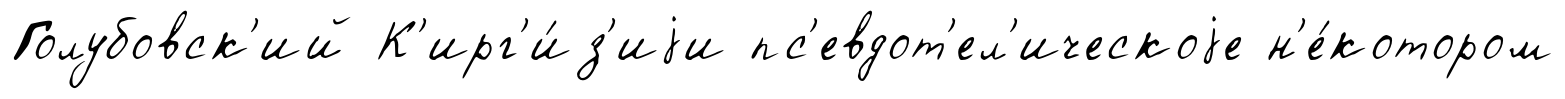
Голубовск'ий К'ирг'и́з'иjи пс'евдот'ел'ическоjе н'е́котором